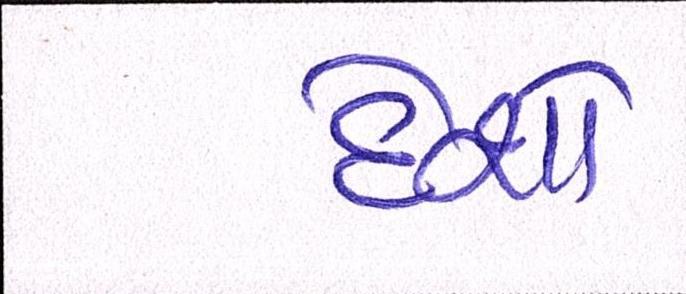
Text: દેશો